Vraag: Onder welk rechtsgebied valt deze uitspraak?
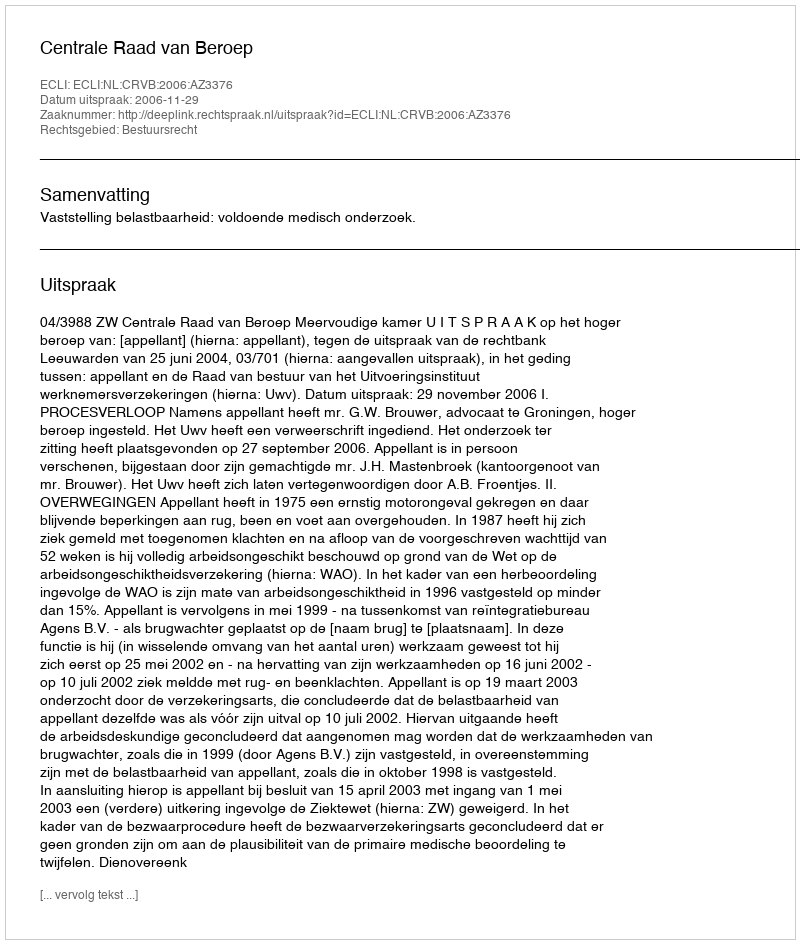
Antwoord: Bestuursrecht